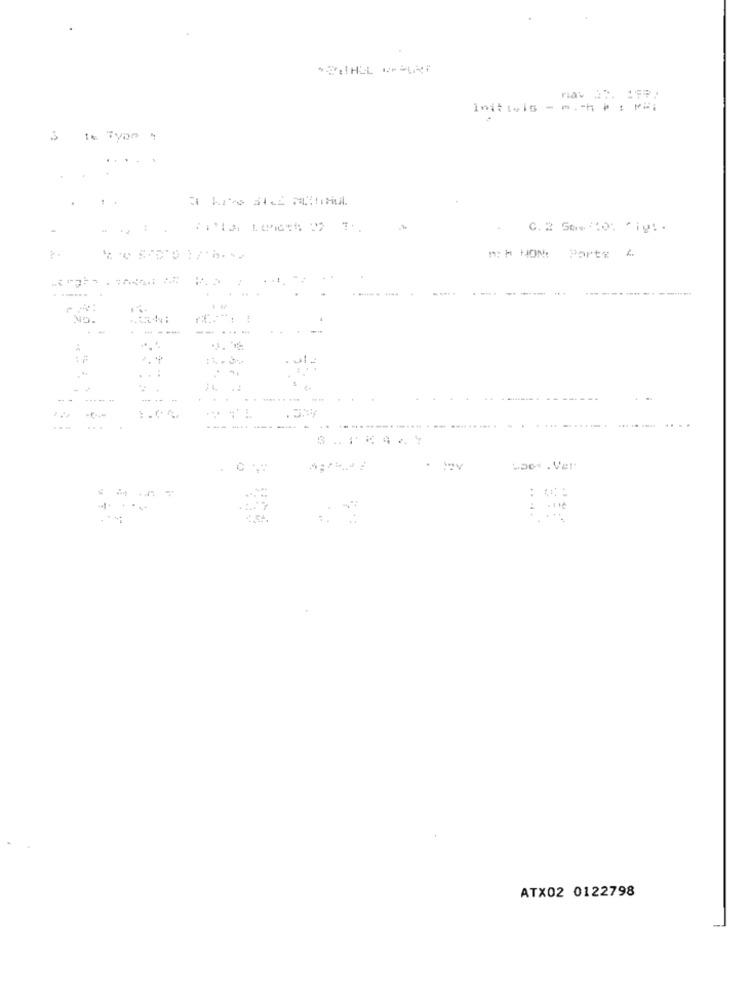
3
.. .
.
..
n; M HOME Porte 4.
...... .
49.
- ----
..
...
. !
----
ATX02 0122798